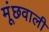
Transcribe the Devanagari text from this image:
मूंछवाली